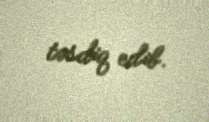
təsdiq edib.